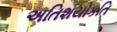
અતિશયોકતિ